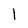
Character: l